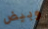
وبيض